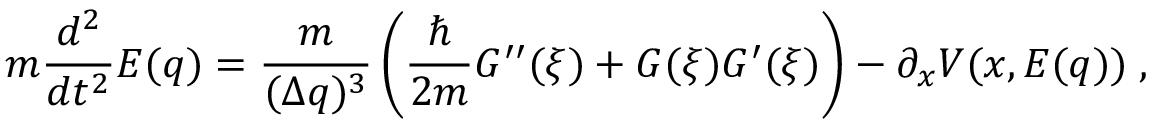
m \frac { d ^ { 2 } } { d t ^ { 2 } } E ( q ) = \frac { m } { { ( \Delta q ) ^ { 3 } } } \left( \frac { \hbar } { 2 m } G ^ { \prime \prime } ( \xi ) + G ( \xi ) G ^ { \prime } ( \xi ) \right) - \partial _ { x } V ( x , E ( q ) ) \; ,